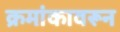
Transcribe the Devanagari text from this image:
क्रमांकावरून